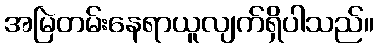
အမြဲတမ်းနေရာယူလျက်ရှိပါသည်။